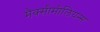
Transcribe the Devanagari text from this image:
मैक्सीमीलियन्स